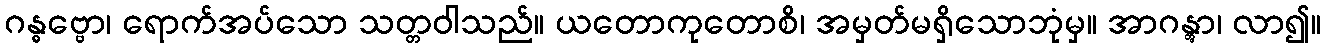
ဂန္ဓဗ္ဗော၊ ရောက်အပ်သော သတ္တဝါသည်။ ယတောကုတောစိ၊ အမှတ်မရှိသောဘုံမှ။ အာဂန္တွာ၊ လာ၍။